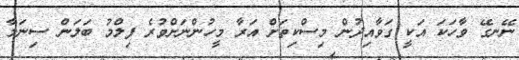
ނޭނގޭ ވާހަކަ އަކީ ގަވާއިދުން މިސްކިތަށް އަރާ މީހުންނަށްވުރެ ފިލްމު ބަލަން ސިނަމާ